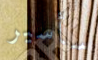
سأسير